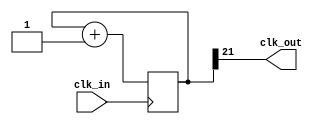
module div (
	input clk_in,
	output clk_out
);

	reg [21:0] count;

	always @(posedge clk_in)
		count <= count + 1;

	assign clk_out = count[21];

endmodule

module count (
    input clk, rst, en,
    output [4:0] out
);

	reg [4:0] count;

    always @(posedge clk) begin
		if (rst) count <= 0;
		else if (en) count <= count + 1;
	end

	assign out = count;

endmodule

module top (
	input clk, rst, en,
	output [4:0] out
);

	wire slowclk;

	div div (
		.clk_in(clk),
		.clk_out(slowclk)
	);

	count count (
		// .clk(clk), // for simulation
		.clk(slowclk), // for sythesis
		.rst(rst),
		.en(en),
		.out(out)
	);

endmodule